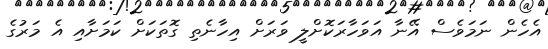
އެހެން ނަމަވެސް އޭނާ އަވަހާރަކޮށްލީ ވަރަށް އިހާނެތި ގޮތަކަށް ކަމަށާއި އެ މަރުގެ